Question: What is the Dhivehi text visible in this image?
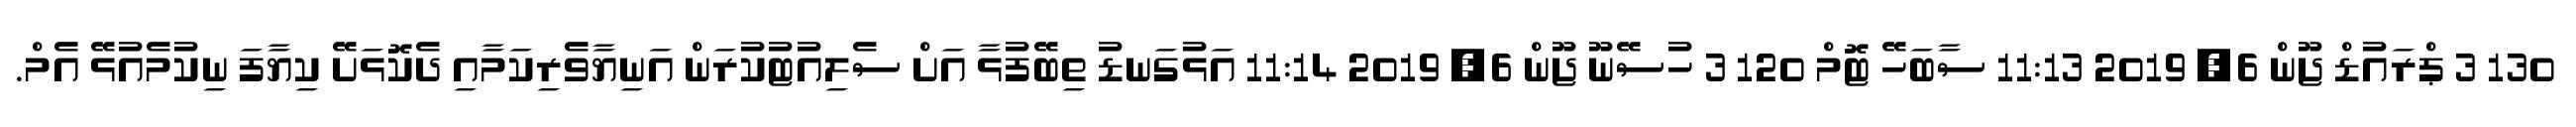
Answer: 130 3 ޕްރައުޑް ޖޫން 6, 2019 11:13 ސާބަހޭ ޓޮމް 120 3 ހުސޭނޫ ޖޫން 6, 2019 11:14 އަޅުގަނޑު ތިބޭފުޅާ އަށް ސެލިއުޓުކުރަން އަނިޔާވެރިކަމާއި ދެކޮޅަށޭ ކިޔާފަ ނިކުމެއުޅޭ އެމް.